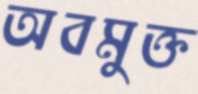
অবমুক্ত